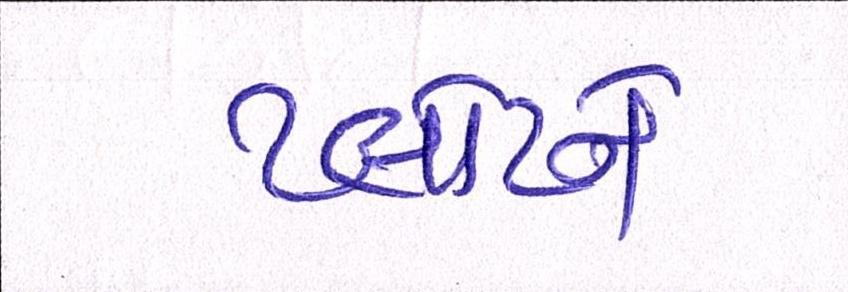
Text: પ્લોટને